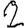
Digit: 2